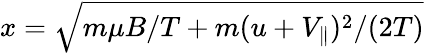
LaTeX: x=\sqrt{m\mu B/T+m(u+V_{\parallel})^{2}/(2T)}